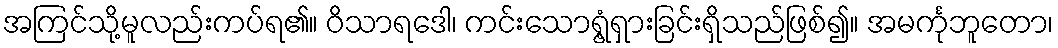
အကြင်သို့မူလည်းကပ်ရ၏။ ဝိသာရဒေါ၊ ကင်းသောရွံ့ရှားခြင်းရှိသည်ဖြစ်၍။ အမင်္ကုဘူတော၊